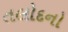
તલોદનો